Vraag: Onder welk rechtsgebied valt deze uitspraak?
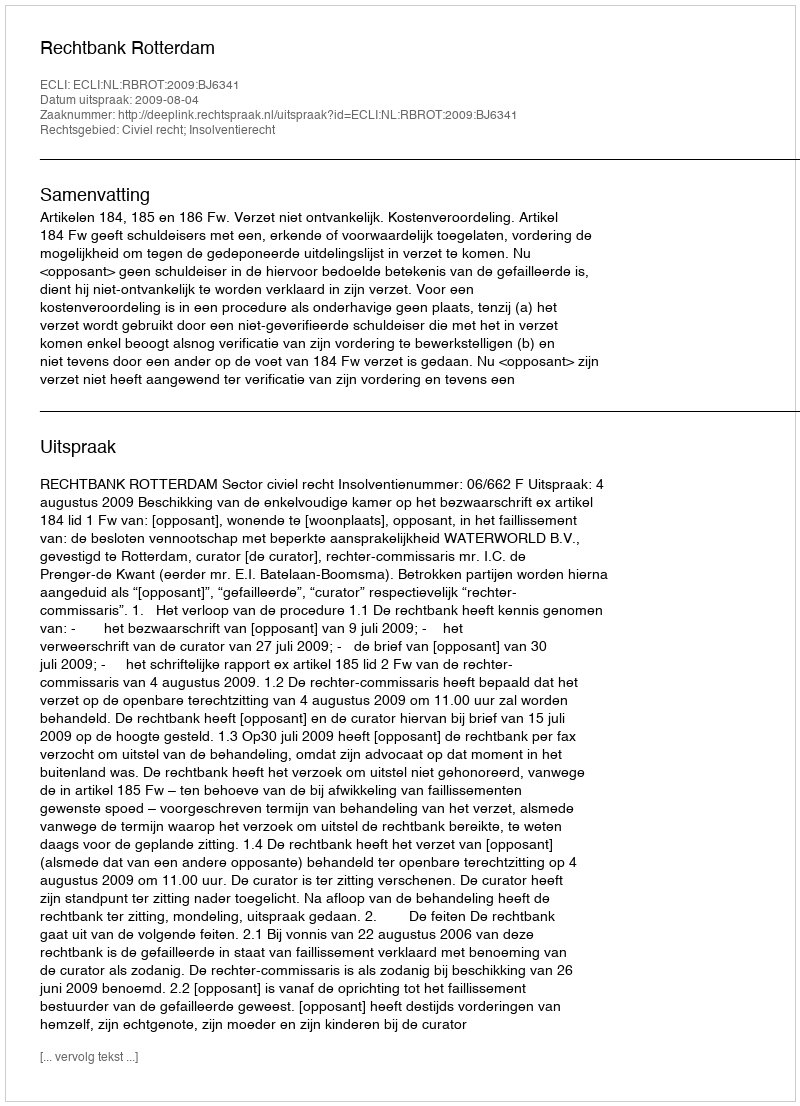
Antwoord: Civiel recht; Insolventierecht